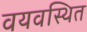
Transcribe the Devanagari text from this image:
वयवस्थित